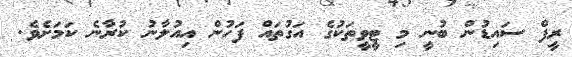
ރީފް ސައިޑުން ބުނީ މި ޓީވީތަކުގެ އަގުތައް ފަހުން އިއުލާނު ކުރާނެ ކަމަށެވެ.